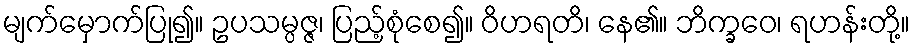
မျက်မှောက်ပြု၍။ ဥပသမ္ပဇ္ဇ၊ ပြည့်စုံစေ၍။ ဝိဟရတိ၊ နေ၏။ ဘိက္ခဝေ၊ ရဟန်းတို့။